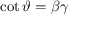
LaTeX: \cot \vartheta = \beta \gamma